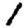
Digit: 1